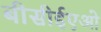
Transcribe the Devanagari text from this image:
बीसीईएओ